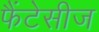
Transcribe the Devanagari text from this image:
फैंटेसीज